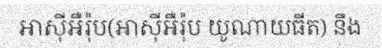
អាស៊ីអឺរ៉ុប(អាស៊ីអឺរ៉ុប យូណាយធីត) នឹង